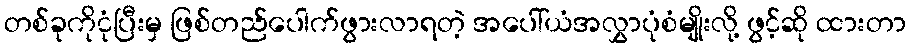
တစ်ခုကိုငုံပြီးမှ ဖြစ်တည်ပေါက်ဖွားလာရတဲ့ အပေါ်ယံအလွှာပုံစံမျိုးလို့ ဖွင့်ဆို ထားတာ